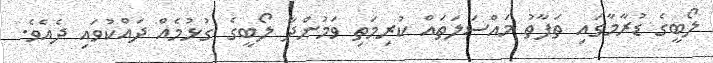
ލޯބީގެ ޑުރާމާގައި ތަފާތު މައްސަލަތައް ކުރިމަތިި ވަމުންދާ ލޯބީގެ ގުޅުމެއް ދައްކުވައި ދެއެވެ.